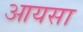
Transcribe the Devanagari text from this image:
आयसा